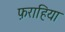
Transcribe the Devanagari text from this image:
फ़राहिया